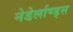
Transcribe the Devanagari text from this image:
नेडेर्लाण्ड्स